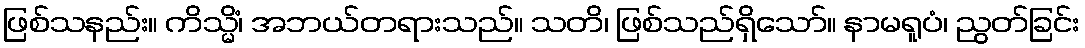
ဖြစ်သနည်း။ ကိသ္မိံ၊ အဘယ်တရားသည်။ သတိ၊ ဖြစ်သည်ရှိသော်။ နာမရူပံ၊ ညွတ်ခြင်း